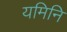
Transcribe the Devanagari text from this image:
यमिनि